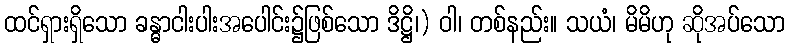
ထင်ရှားရှိသော ခန္ဓာငါးပါးအပေါင်း၌ဖြစ်သော ဒိဋ္ဌိ၊) ဝါ၊ တစ်နည်း။ သယံ၊ မိမိဟု ဆိုအပ်သော